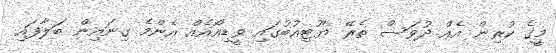
މީގެ ކުރިން އެއް ދުވަސް ތެރޭ ޔޫޓިއުބުގައި ވީޑިއޯއެއް އެންމެ ގިނައިން ބަލާފައި